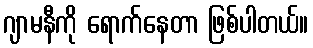
ဂျာမနီကို ရောက်နေတာ ဖြစ်ပါတယ်။